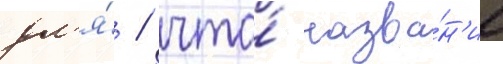
дл'я́ / что́ назва́н'ие